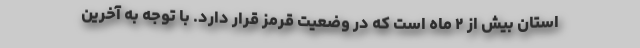
استان بیش از ۲ ماه است که در وضعیت قرمز قرار دارد. با توجه به آخرین